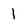
Character: l